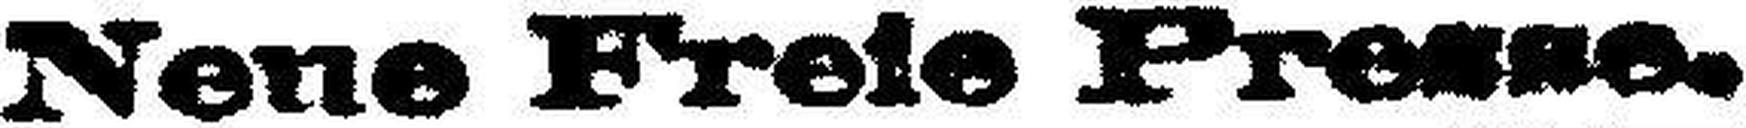
Neue Freie Presse.